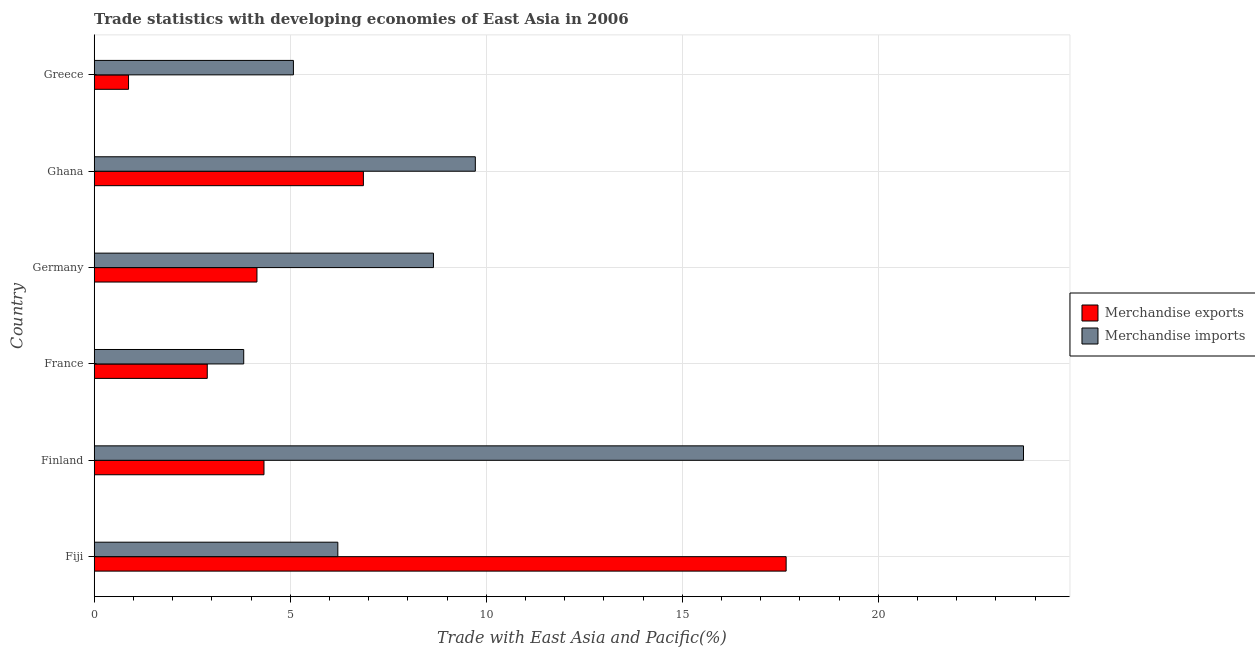
| Country | Merchandise exports | Merchandise imports |
 | --- | --- | --- |
 | Fiji | 17.6 | 6.21 |
 | Finland | 4.33 | 23.7 |
 | France | 2.88 | 3.81 |
 | Germany | 4.15 | 8.65 |
 | Ghana | 6.87 | 9.72 |
 | Greece | 0.876 | 5.08 |